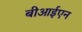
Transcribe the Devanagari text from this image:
बीआईएन